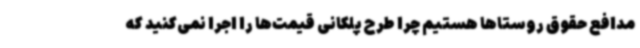
مدافع حقوق روستاها هستیم چرا طرح پلکانی قیمت‌ها را اجرا نمی‌کنید که